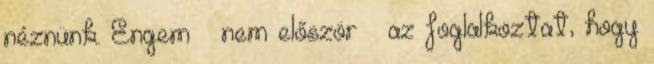
néznünk. Engem – nem először – az foglalkoztat, hogy